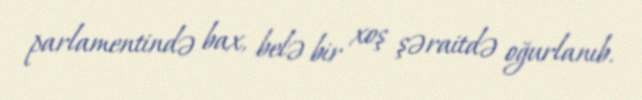
parlamentində bax, belə bir xoş şəraitdə oğurlanıb.